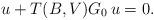
LaTeX: \begin{align*} u+ T(B,V) G_0\, u =0.\end{align*}